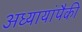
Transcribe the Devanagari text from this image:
अध्यायांपैकी